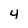
Character: 4